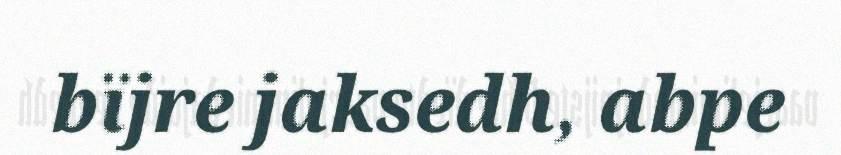
bïjre jaksedh, abpe